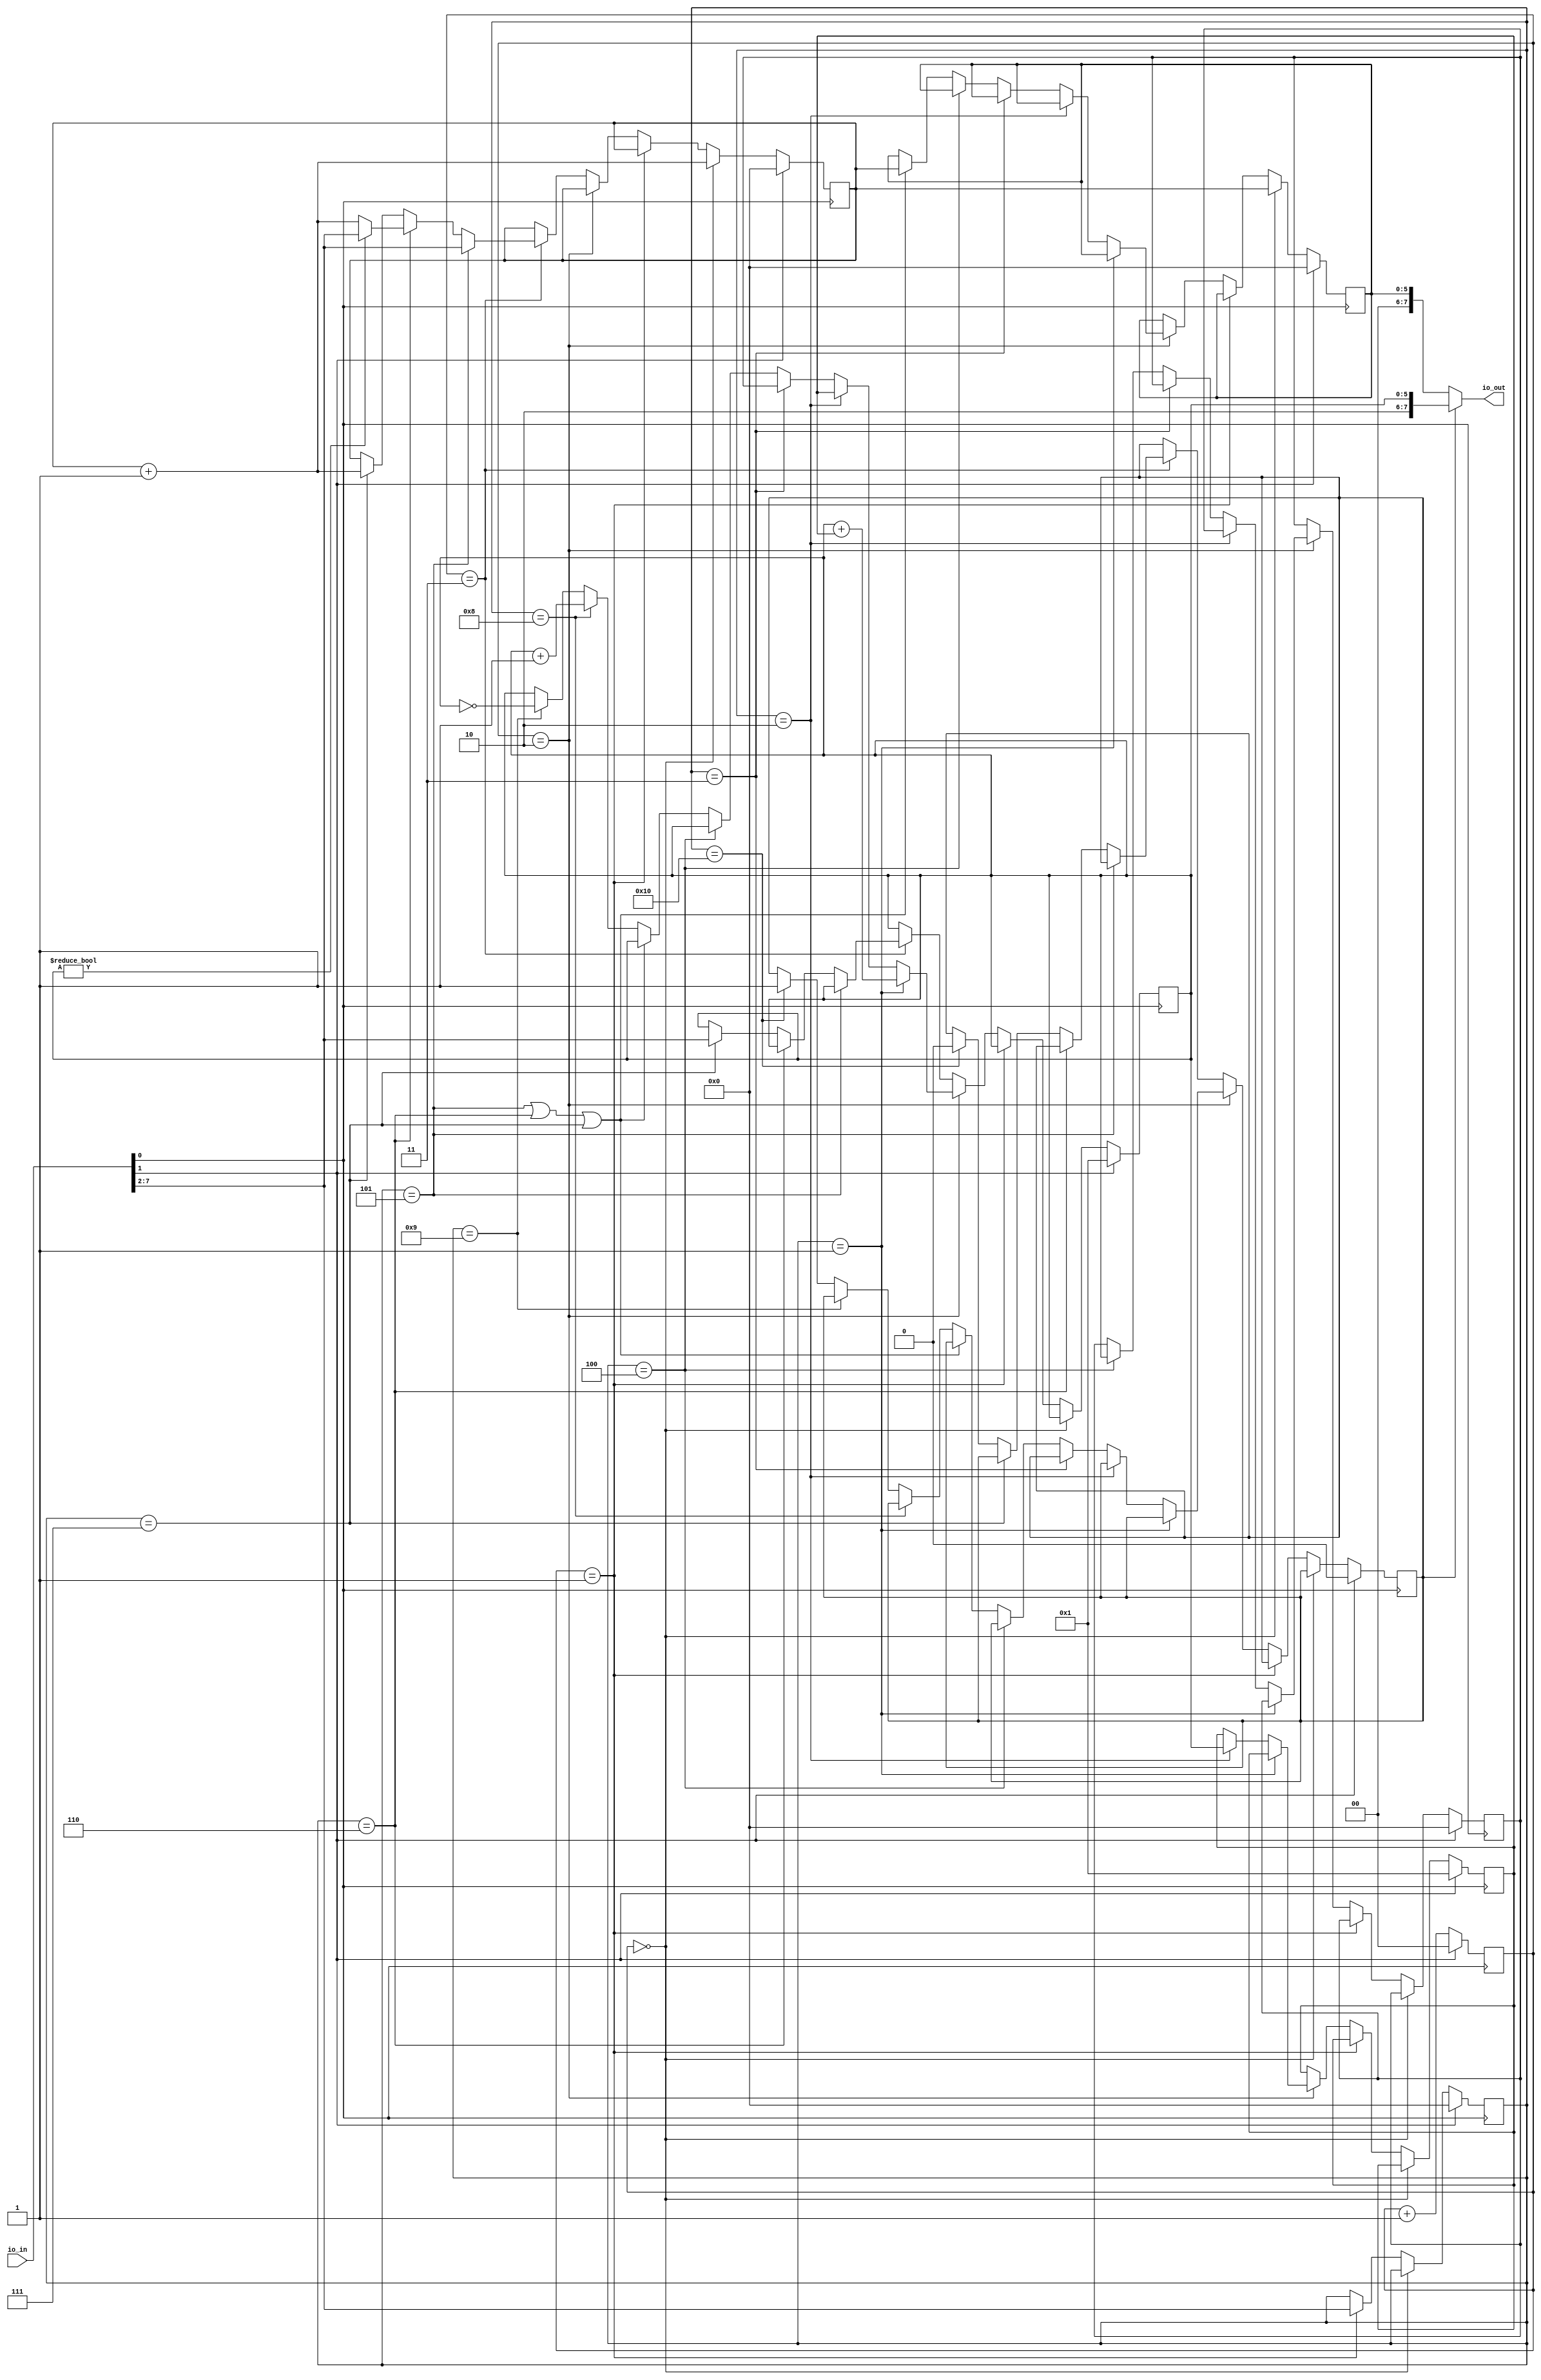
// This program was cloned from: https://github.com/sarfrazenator/Sarfraz_TinyTapeout
// License: Apache License 2.0

`default_nettype none

// Keep I/O fixed for TinyTapeout
module user_module_341360223723717202(
  input wire[7:0] io_in, 
  output wire[7:0] io_out
);
  // using io_in[0] as clk, io_in[1] as reset
  wire clk;
  assign clk = io_in[0];
  wire reset;
  assign reset = io_in[1];
  wire[5:0] mem_in;
  assign mem_in = io_in[7:2];

  reg[5:0] reg_a;
  reg[5:0] reg_b;
  reg[5:0] reg_c;
  reg[5:0] pc;
  reg[5:0] instr;
  reg[5:0] mem_request;
  reg[1:0] micro_pc;
  reg ctrl_output_a;

  assign io_out = ctrl_output_a ? { 2'b10, reg_a }
                                : { 4'b0000, mem_request };

  always @(posedge clk) begin
    if (reset) begin
      reg_a <= 1;
      reg_b <= 1;
      reg_c <= 0;
      pc <= 0;
      micro_pc <= 0;
      instr <= 0;
      mem_request <= 0;
      ctrl_output_a <= 0;
    end else begin
      micro_pc <= micro_pc + 1;
      if (micro_pc == 0) begin
        mem_request <= pc;
        pc <= pc + 1;
      end else if (micro_pc == 1) begin
        instr <= mem_in;
      end else if (micro_pc == 2) begin
        if (instr == 1) reg_a <= reg_a + reg_b;
        else if (instr == 2) begin reg_a <= reg_b; reg_b <= reg_a; end
        else if (instr == 3) begin reg_a <= reg_c; end
        else if (instr == 4) begin reg_c <= reg_a; end
        else if (instr == 5 || instr == 6 || instr == 7) begin mem_request <= pc; end
        else if (instr == 8) begin reg_a <= reg_a + 1; end
        else if (instr == 9) begin reg_a <= ~reg_a; end
        else if (instr == 16) begin ctrl_output_a <= 1; end
      end else if (micro_pc == 3) begin
        if (instr == 5) begin pc <= mem_in; end
        else if (instr == 6) begin
          if (reg_a != 0) begin pc <= mem_in; end else begin pc <= pc + 1; end
        end
        else if (instr == 7) begin reg_a <= mem_in; pc <= pc + 1; end
        else if (instr == 16) begin ctrl_output_a <= 0; end
      end
    end
  end

endmodule